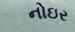
નોઇર